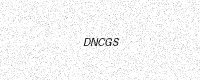
Text: DNCGS